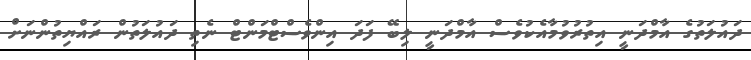
ދައުލަތުގެ އާމްދަނީ އިތުރުވުމާއެކުވެސް އާމްދަނީ ލިބޭ ފަދަ އިންވެސްޓްމަންޓް ނެތި ދައުލަތުން ރައްޔިތުންނަށް